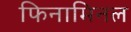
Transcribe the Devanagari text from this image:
फिनामिनल